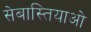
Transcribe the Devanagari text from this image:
सेबास्तियाओ